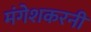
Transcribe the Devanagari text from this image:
मंगेशकरनी